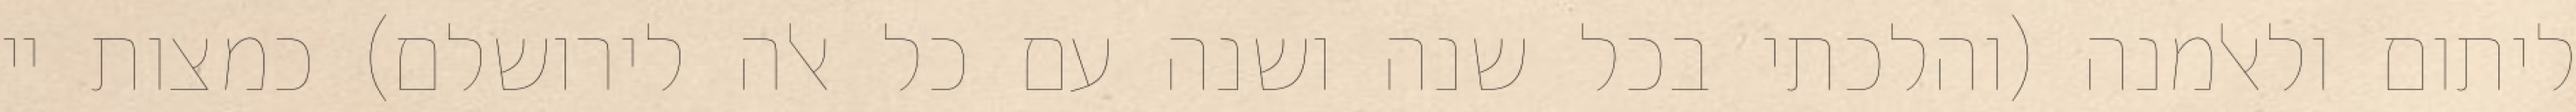
ליתום ולאלמנה (והלכתי בכל שנה ושנה עם כל אלה לירושלם) כמצות יי